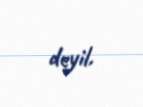
deyil.